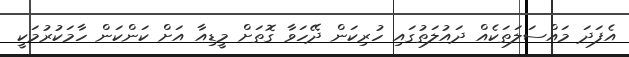
އެފަދަ މައްސަލަތަކެއް ދައުލަތުގައި ހުރިކަން ދޭހަވާ ގޮތަށް މީޑިއާ އަށް ކަންކަން ހާމަކުރުމަކީ